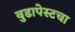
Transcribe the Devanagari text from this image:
बुडापेस्टचा